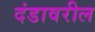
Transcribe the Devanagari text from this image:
दंडावरील